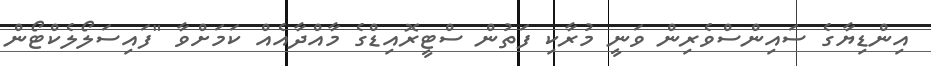
އިންޑިޔާގެ ސައިންސްވެރިން ވަނީ މުރާކި ފަތުން ސްޓީރޮއިޑްގެ މާއްދާއެއް ކަމަށްވާ "ފައިސަލޯލެކްޓޯން